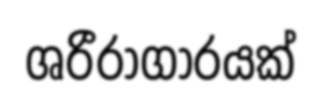
ශරීරාගාරයක්